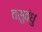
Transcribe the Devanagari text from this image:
वसुवंधु